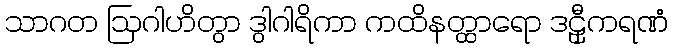
သာဂတ ဩဂါဟိတွာ ဒွါဂါရိကာ ကထိနတ္ထာရော ဒဠှီကရဏံ